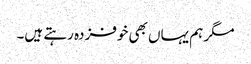
مگر ہم یہاں بھی خوفزدہ رہتے ہیں۔